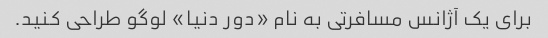
برای یک آژانس مسافرتی به نام «دور دنیا» لوگو طراحی کنید.